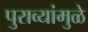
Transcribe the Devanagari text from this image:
पुराव्यांमुळे